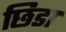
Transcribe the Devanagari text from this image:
छिडा